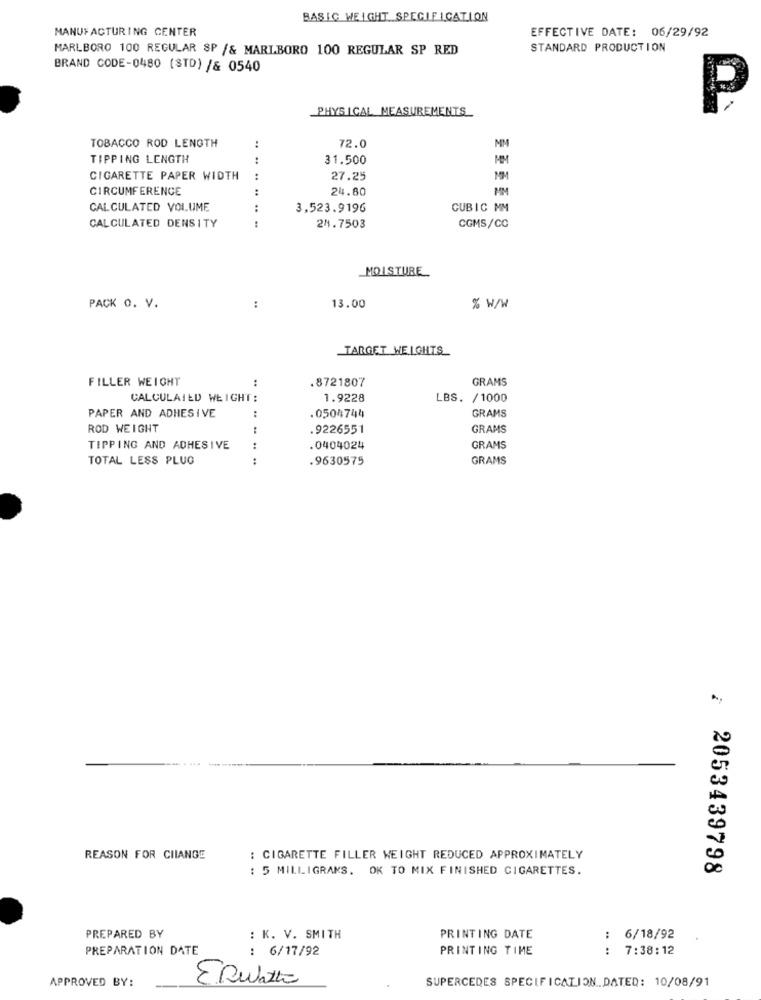
BASIC WEIGHT SPECIFICATION
MANUFACTURING CENTER
EFFECTIVE DATE: 06/29/92
MARLBORO 100 REGULAR SP /& MARLBORO 100 REGULAR SP RED
STANDARD PRODUCTION
BRAND CODE-0480 (STD) /& 0540
PHYSICAL MEASUREMENTS
P
TOBACCO ROD LENGTH
MM
72.0
TIPPING LENGTH
....
31.500
MM
CIGARETTE PAPER WIDTH
:
27.25
MM
CIRCUMFERENCE
:
24.80
CALCULATED VOLUME
:
3,523.9196
CUBIC MM
. .
CGMS/CC
CALCULATED DENSITY
24.7503
MOISTURE
PACK O. V.
:
13.00
% W/W
TARGET WEIGHTS
FILLER WEIGHT
:
.8721807
GRAMS
CALCULATED WEIGHT:
1.9228
LBS. /1000
:
PAPER AND ADHESIVE
0504744
GRAMS
ROD WEIGHT
:
.9226551
GRAMS
TIPPING AND ADHESIVE
.0404024
GRAMS
TOTAL LESS PLUG
.9630575
GRAMS
REASON FOR CIIANGE
: CIGARETTE FILLER WEIGHT REDUCED APPROXIMATELY
: 5 MILLIGRAMS. OK TO MIX FINISHED CIGARETTES.
: 2053439798
PREPARED BY
: K. V. SMITH
PRINTING DATE
: 6/18/92
PREPARATION DATE
: 6/17/92
PRINTING TIME
:
7:38:12
APPROVED BY:
ERwatto
SUPERCEDES SPECIFICATION.DATED: 10/08/91